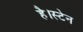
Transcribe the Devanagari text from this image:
है।स्टेन